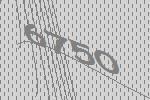
6750